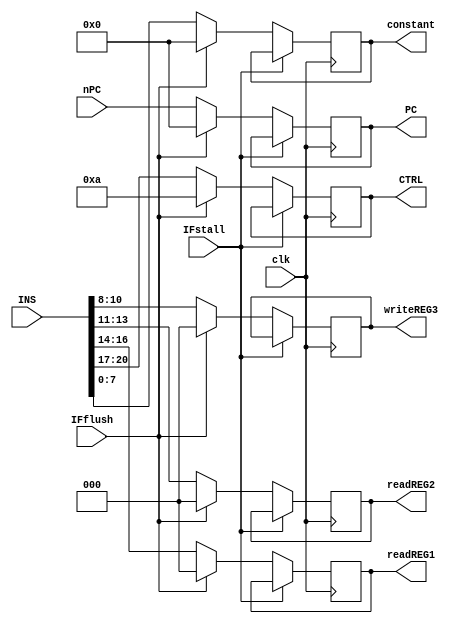
`timescale 1ns / 1ps
module IF_ID(nPC,PC,INS,clk,readREG1,readREG2,constant,writeREG3,CTRL,IFstall,IFflush);
input [7:0]nPC;
input [20:0]INS;
input clk,IFstall,IFflush;
output reg [2:0]readREG1,readREG2;
output reg [7:0]constant,PC;
output reg [2:0] writeREG3;
output reg [3:0]CTRL;

always@(posedge clk)
begin
	if(IFstall)
	begin
		CTRL<=CTRL;
		readREG1<=readREG1;
		readREG2<=readREG2;
		writeREG3<=writeREG3;
		constant<=constant;
		PC<=PC;
	end
	else if(IFflush)
	begin
		CTRL<=4'b1010;
		readREG1<=1'b0;
		readREG2<=1'b0;
		writeREG3<=1'b0;
		constant<=1'b0;
		PC<=1'b0;
	end else
	begin
	CTRL<=INS[20:17];
	readREG1<=INS[16:14];
	readREG2<=INS[13:11];
	writeREG3<=INS[10:8];
	constant<=INS[7:0];
	PC<=nPC;
	end
end

endmodule